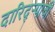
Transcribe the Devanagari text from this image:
दारिद्ऱ्याची